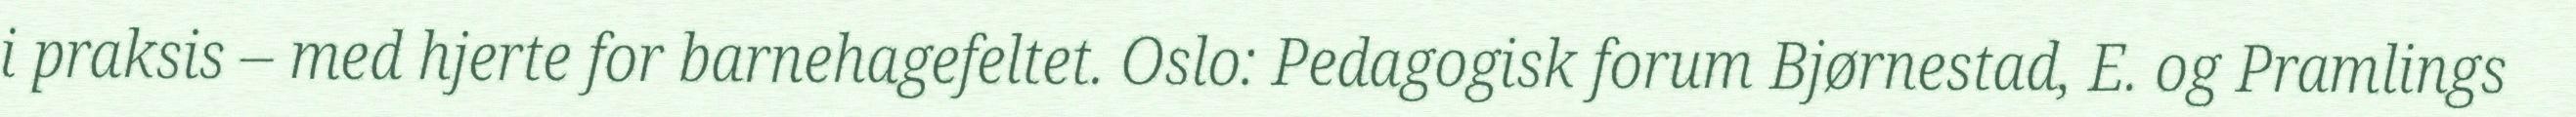
i praksis – med hjerte for barnehagefeltet. Oslo: Pedagogisk forum Bjørnestad, E. og Pramlings